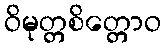
ဝိမုတ္တစိတ္တောဝ